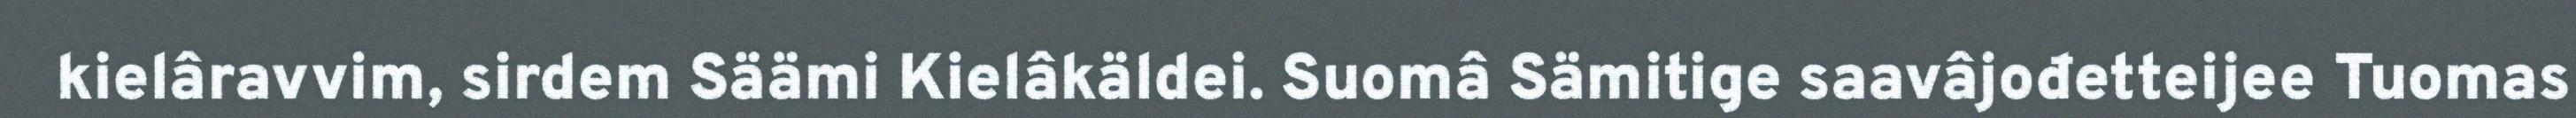
kielâravvim, sirdem Säämi Kielâkäldei. Suomâ Sämitige saavâjođetteijee Tuomas